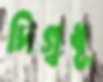
দিগ্বধূ